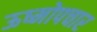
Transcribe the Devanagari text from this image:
ऊष्मोपचार